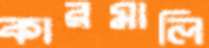
কারমালি